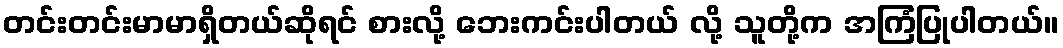
တင်းတင်းမာမာရှိတယ်ဆိုရင် စားလို့ ဘေးကင်းပါတယ် လို့ သူတို့က အကြံပြုပါတယ်။